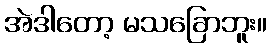
အဲဒါတော့ မသခြောဘူး။